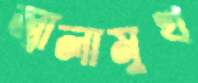
জ্বালামুখ